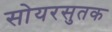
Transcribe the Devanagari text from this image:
सोयरसुतक